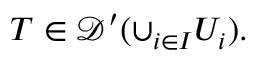
T \in { \mathcal { D } } ^ { \prime } ( \cup _ { i \in I } U _ { i } ) .